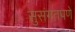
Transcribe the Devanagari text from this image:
सुसंगतपणे